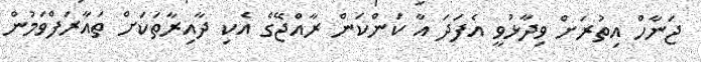
ޖަނާހް އިތުރަށް ވިދާޅުވީ އެފަދަ އާ ކަންކަން ރާއްޖޭގެ އެކި ދާއިރާތަކަށް ތައާރަފްވަމުން